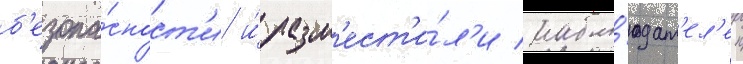
б'езопа́сност'и и́ разм'ест'и́л'и набл'юдат'ел'еи